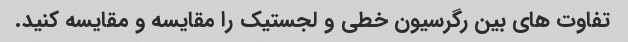
تفاوت های بین رگرسیون خطی و لجستیک را مقایسه و مقایسه کنید.